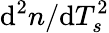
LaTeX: \mathrm{d}^{2}n/\mathrm{d}T_{s}^{2}